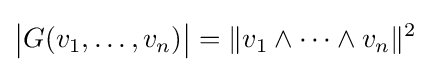
{\bigl |}G(v_{1},\dots ,v_{n}){\bigr |}=\|v_{1}\wedge \cdots \wedge v_{n}\|^{2}